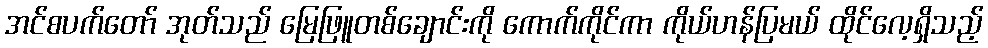
အင်စပက်တော် အုတ်သည် မြေဖြူတစ်ချောင်းကို ကောက်ကိုင်ကာ ကိုယ်ဟန်ပြမယ် ထိုင်လေ့ရှိသည့်